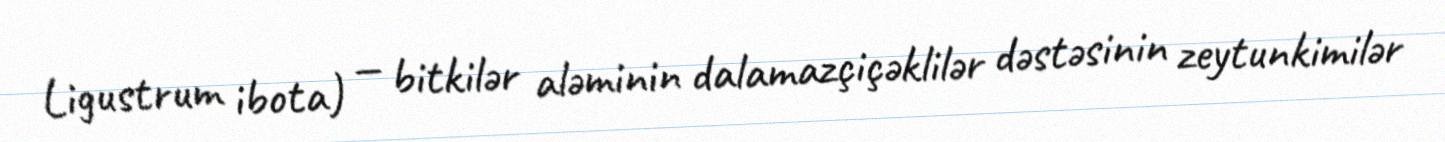
Ligustrum ibota) — bitkilər aləminin dalamazçiçəklilər dəstəsinin zeytunkimilər